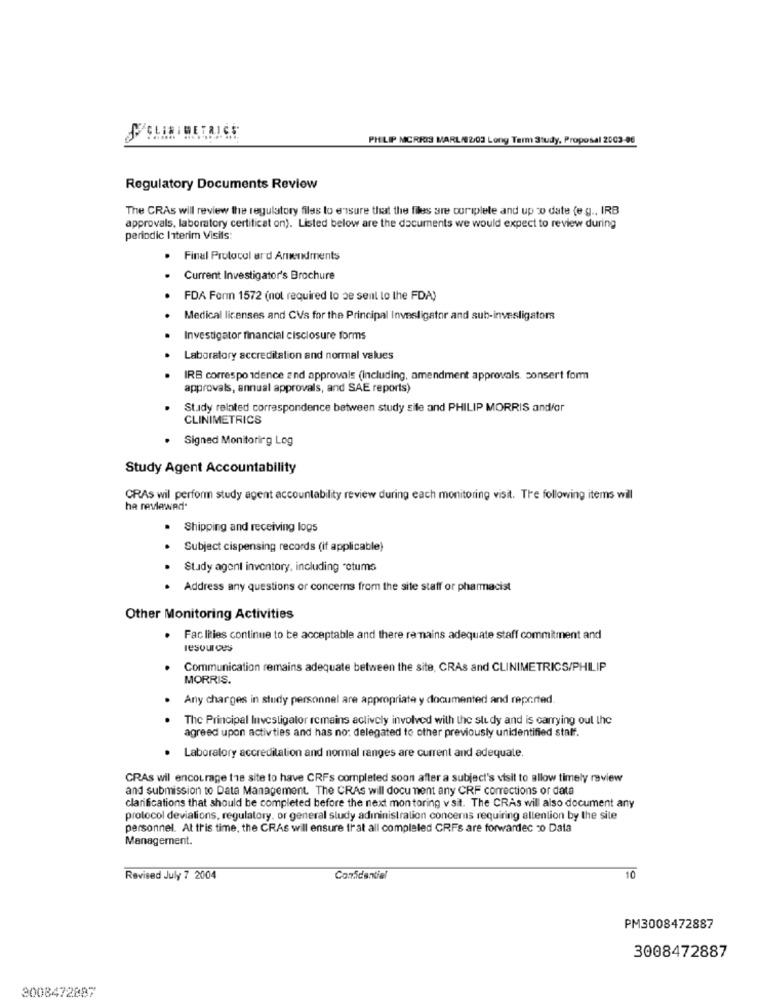
IBETRICE
PHILIP MORRIS MARL/02/03 Long Term Study, Proposal 2003-06
Regulatory Documents Review
The CRAs will review the regulatory files to ensure that the files are complete and up to date (e.g ., IRB
approvals, laboratory certificat on). Listed below are the documents we would expect to review during
periodic Interim Visits:
. Final Protocol ard Amendments
Current Investigator's Brochure
FDA Form 1572 (not required lo be sent to the FDA)
Medical licenses and CVs for the Principal Investigator and sub-investigators
Investigator financial cisclosure forms
Laboratory accreditation and normal values
IRB correspondence and approvals (Including, amendment approvals. sonsert form
approvals, annual approvals, and SAE reports)
Study related correspondence between study sile and PHILIP MORRIS andfor
CLINIMETRICS
. Signed Monitoring Log
Study Agent Accountability
CRAS wil perform study agent accountability review during each monitoring visit. The following items will
ha reviewed.
. Shipping and receiving logs
Subject cispensing records (if applicable)
Study agent inventory, including -otums
. Address any questions or concerns from the site staff or pharmacist
Other Monitoring Activities
.
Facilities continue to be acceptable and there ramnains adequate staff commitment and
lesources
Communication remains adequate between the site, CRAs and CLINIMETRICS/PHILIP
MORRIS.
Any charges in study personnel are appropriate y documented and reported
The Principal Investigator remains actively involved with the study and is carrying out the
agreed upon activties and has no: delegated to other previously unidentified stalf.
· Laboratory accreditation and normal ranges are current and adequale.
CRAs wil encourage t18 site to have CRFs completed soon after a subject's visit to allow timely review
and submission to Data Management. The CRAs will document any CRF corrections or data
clarifications that should be completed before the next mon toring v sit. The CRAs will also document any
protocol deviations, regulatory, or general study adininistration concens requiring allention by the site
personnel. At this time, the CRAs will ensure that all compleled CRFs are forwardec 20 Data
Management.
Revised July 7 2004
Confidentiel
10
PM3008472887
3008472887
3008472887